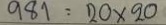
981 = 20 x 20